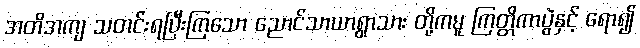
အတိအကျ သတင်းရပြီးကြသော ညောင်သာယာရွာသား တို့ကမူ ကြတ္တိကာပွဲနှင့် ရော၍